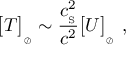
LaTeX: \big [ T \big ] _ { _ { \oslash } } \sim { \frac { c _ { _ \mathrm { S } } ^ { 2 } } { c ^ { 2 } } } \big [ U \big ] _ { _ { \oslash } } \ ,